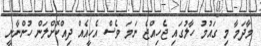
މާދަމާ މި ގައުމު ހާލުގައި ޖެހިއްޖެ ނަމަ ވެސް އެހީއެއް ދިއްކޮށްލަން ހުންނާނީ